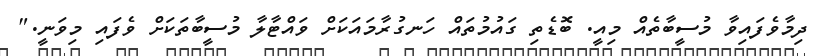
ދިމާވެފައިވާ މުސީބާތެއް މިއީ. ބޮޑެތި ގައުމުތައް ހަނގުރާމައަކަށް ވައްޓާލާ މުސީބާތަކަށް ވެފައި މިވަނީ."